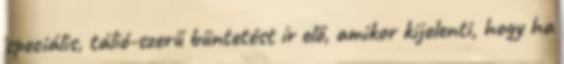
speciális, tálió-szerű büntetést ír elő, amikor kijelenti, hogy ha